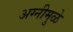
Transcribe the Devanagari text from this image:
अग्नीमुळे